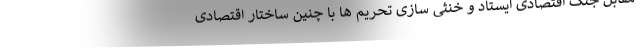
مقابل جنگ اقتصادی ایستاد و خنثی سازی تحریم ها با چنین ساختار اقتصادی